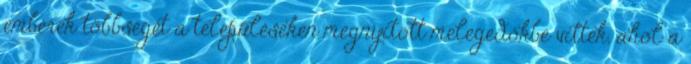
emberek többségét a településeken megnyitott melegedőkbe vitték, ahol a